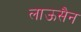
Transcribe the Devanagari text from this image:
लाऊसैन